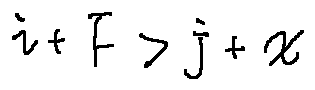
i + F > j + x